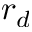
r _ { d }